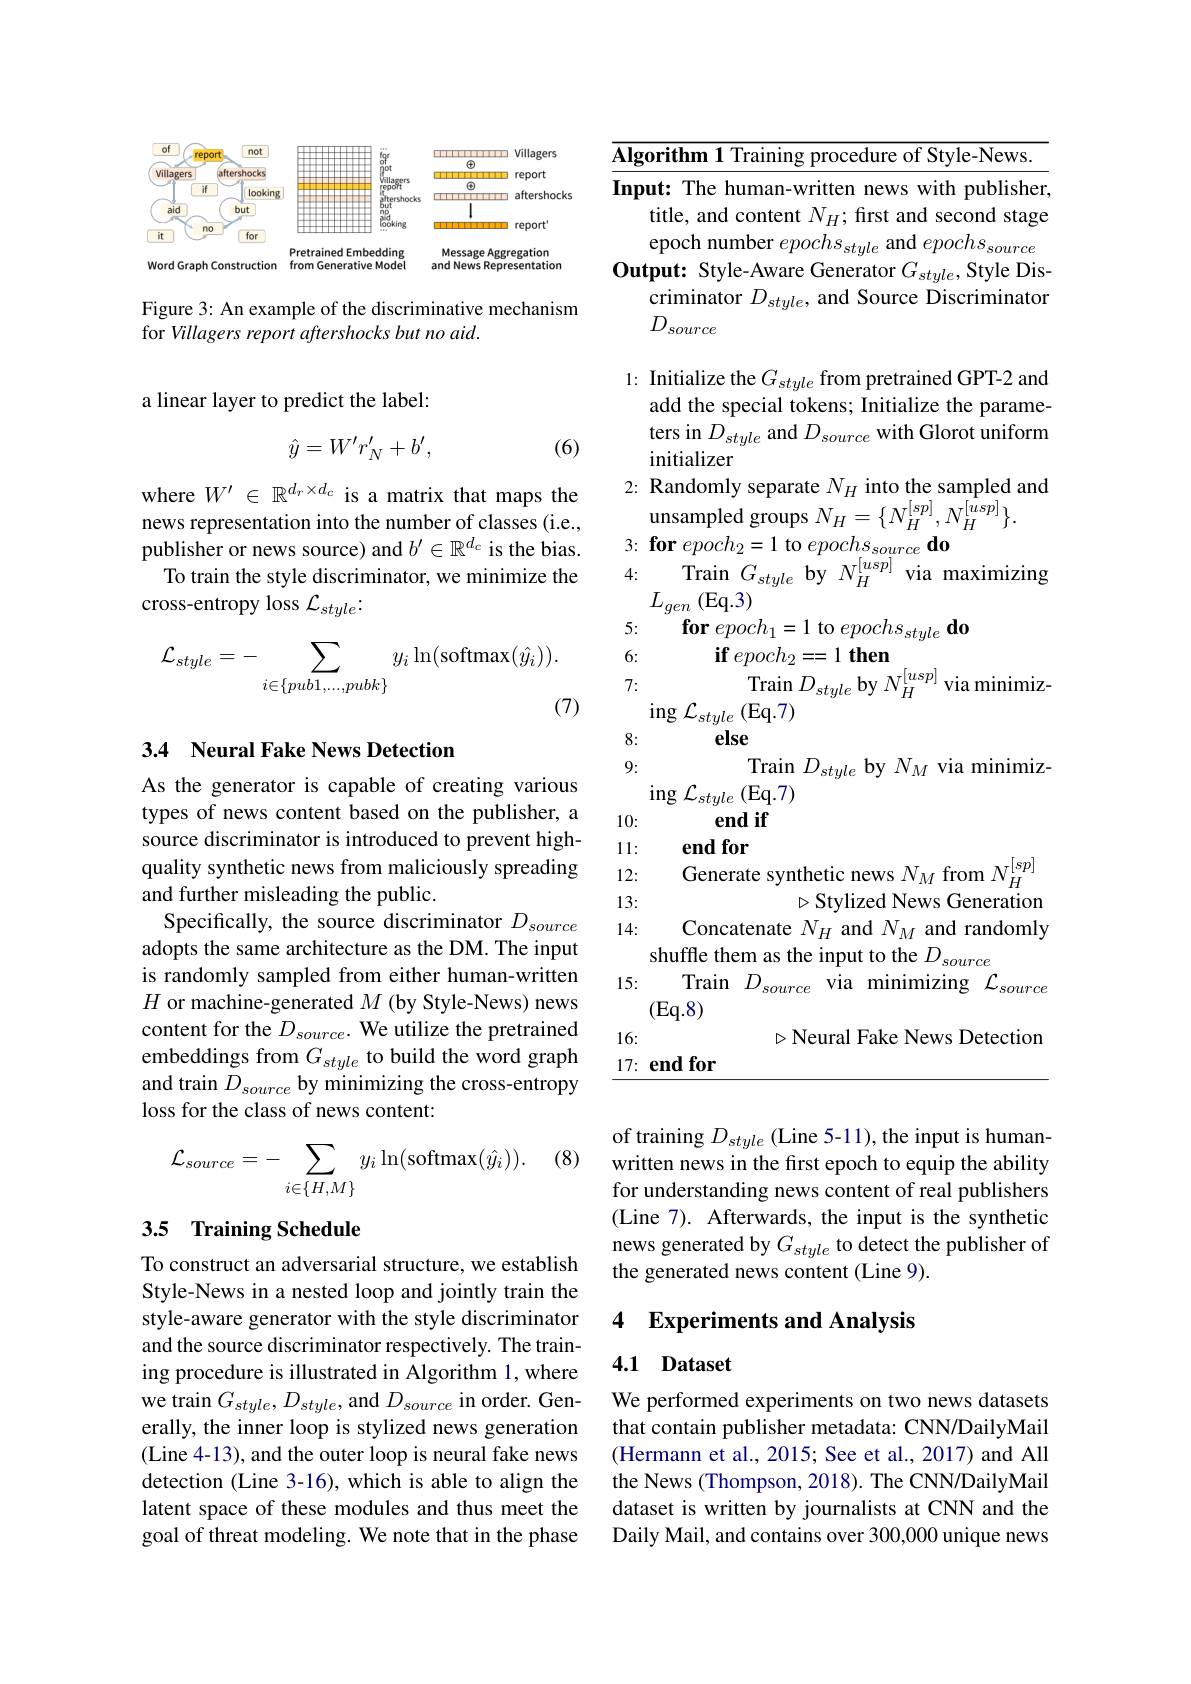
$\underline{{\mathrm{Algorithm~1~Training~procedure~of~Style-News.}}}$

Input: The human-written news with publisher,

title, and content $N_H;$ first and second stage

epoch number $epochs_{style}$ and $epochs_{source}$

Output: Style-Aware Generator $G_{style}$, Style Dis-

criminator $D_{style}$, and Source Discriminator

$D_{source}$

1: Initialize the $G_style$ from pretrained GPT-2 and

add the special tokens; Initialize the parame-

ters in $D_{style}$ and $D_{source}$ with Glorot uniform

initializer

<FigureHere>

Figure 3: An example of the discriminative mechanism
for Villagers report aftershocks but no aid.

a linear layer to predict the label:
$$\hat{y}=W'r_N'+b',$$
(6)

$\begin{aligned}&\mathrm{where~}W^{\prime}\in\mathbb{R}^{d_{r}\times d_{c}}\text{ is a matrix that maps the}\\&\text{news representation into the number of classes(ie..}&&\text{unsampled groups }N_{H}=\{N_{H}^{[sp]},N_{H}^{[usp]}\}.\end{aligned}$
publisher or news source) and $b^\prime\in\mathbb{R}^{d_c}$ is the bias.
To train the style discriminator, we minimize the
cross-entropy loss $\mathcal{L}_style\vdots$
$$\mathcal{L}_{style}=-\sum_{i\in\{pub1,...,pubk\}}y_{i}\ln(\mathrm{softmax}(\hat{y}_{i})).$$
(7)

## 3.4 Neural Fake News Detection

As the generator is capable of creating various types of news content based on the publisher, a source discriminator is introduced to prevent highquality synthetic news from maliciously spreading and further misleading the public.
Specifically, the source discriminator $D_{source}$ adopts the same architecture as the DM. The input is randomly sampled from either human-written $H$ or machine-generated $M$ (by Style-News) news content for the $D_{source}.$ We utilize the pretrained embeddings from $G_{style}$ to build the word graph and train $D_source\textbf{by minimizing the cross- entropy}$ loss for the class of news content:

(8)
$$\mathcal{L}_{source}=-\sum_{i\in\{H,M\}}y_{i}\ln(\mathrm{softmax}(\hat{y_{i}})).$$
## 3.5 Training Schedule

To construct an adversarial structure, we establish Style-News in a nested loop and jointly train the style-aware generator with the style discriminator and the source discriminator respectively. The training procedure is illustrated in Algorithm 1, where we train $G_{style},D_{style}$, and $D_{source}$ in order. Generally, the inner loop is stylized news generation (Line 4-13), and the outer loop is neural fake news detection (Line 3-16), which is able to align the latent space of these modules and thus meet the goal of threat modeling. We note that in the phase

$\begin{array}{cc}{3:\textbf{for }epoch_{2}=1\text{ to }epochs_{source}\textbf{do}}\\{4:}&{\mathrm{Train~}G_{style}\text{ by}}&{N_{H}^{[usp]}\text{ via maximizing}}\\{{4:}}&{{\mathrm{Train~}G_{style}}}&{{\mathrm{by~}N_{H}^{[usp]}\text{ via maximizing}}}\end{array}$

$L_{gen}\left(\mathrm{Eq.3}\right)$

5:

$\textbf{for }epoch_{1}= 1$to$epochs_style\textbf{do}$

6:

$\textbf{if }epoch_{2}= = 1$ then

Train $D_{style}$ by $N_{H}^{[ usp] }$ via minimiz-

7:

$\operatorname{ing}\mathcal{L}_{style}\left(\mathrm{Eq.7}\right)$

else

8:

9:
Train $D_{style}$ by $N_M$ via minimiz-
$\operatorname{ing}\mathcal{L}_{style}\left(\mathrm{Eq.7}\right)$
end if
10:
endfor
11:
Generate synthetic news $N_M$ from $N_H^{[sp]}$
12:
$\triangleright$Stylized News Generation
13: 14:
Concatenate $N_H$ and $N_M$ and randomly
shuffle them as the input to the $D_{source}$
Train $D_{source}$ via minimizing $\mathcal{L}_{source}$
15:
$(Eq.8)$
16:
$\triangleright$Neural Fake News Detection
$17: \textbf{end for}$

of training $D_style$ (Line 5-11), the input is humanwritten news in the first epoch to equip the ability for understanding news content of real publishers (Line 7). Afterwards, the input is the synthetic news generated by $G_{style}$ to detect the publisher of the generated news content (Line 9).

### 4 Experiments and Analysis

### 4.1 Dataset

We performed experiments on two news datasets that contain publisher metadata: CNN/DailyMail (Hermann et al., 2015; See et al., 2017) and All the News (Thompson, 2018). The CNN/DailyMail dataset is written by journalists at CNN and the Daily Mail, and contains over 300,000 unique news